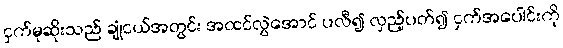
ငှက်မုဆိုးသည် ချုံငယ်အတွင်း အထင်လွဲအောင် ပလီ၍ လှည့်ပတ်၍ ငှက်အပေါင်းကို